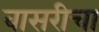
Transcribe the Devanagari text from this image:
बासरीचा